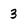
Character: 3